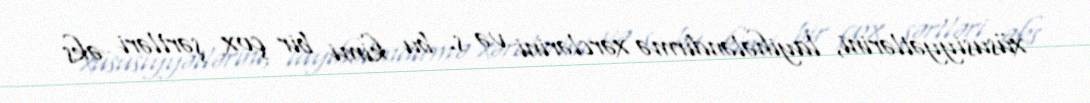
xüsusiyyətlərini, layihələndirmə xərclərini və s. bu kimi bir çox şərtləri əks